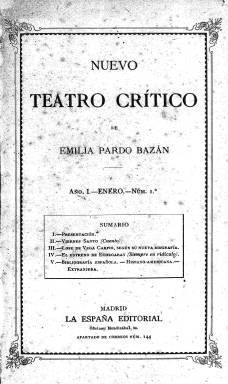
Título: Nuevo teatro crítico
Colección: Literatura
Ámbito geográfico: Madrid
Lugar de publicación: Madrid
Fechas: 01/01/1891-31/12/1893

Se trata de una revista cultural mensual editada y redactada enteramente por la escritora Emilia Pardo Bazán, quien empleó la herencia dejada por su padre para poner en marcha este proyecto. Tituló así la publicación en honor del padre Benito Jerónimo Feijoo, a quien admiraba y cuya obra Teatro Crítico Universal quería imitar en cuanto a la amplitud de criterio para acoger lo nuevo y desechar los prejuicios.

  Pese al trabajo que le suponía, dado que no dejó otras ocupaciones intelectuales mientras editaba la revista, Pardo Bazán estuvo publicándola durante tres años y con unas cien páginas por número hasta un total de 30 entregas, puesto que en el último año, 1893, se publicó cada dos meses.

   En la presentación que hizo en el primer número declara lo que le gustaba de Feijoo: ‘Apetezco su energía para afirmar la verdad, su claridad nítida, su graciosa variedad, su amenidad encantadora, que aun trasciende hoy, como el generoso vino de la solera vieja’. Y hace un elogio del periodismo del siglo XVIII y de algunos periodistas ilustrados a los que pretende imitar por su facilidad para abordar todas las facetas de la vida y de la cultura.

 También se propone hacer crítica literaria ponderada, algo que echaba en falta en España, y estudios de escritores. El de Pedro Antonio de Alarcón ocupará tres números de la revista.

 Pardo Bazán deja claro desde el primer momento que pretende luchar por la educación de la mujer y por su derecho a ser equiparada al hombre. Se llama a sí misma ‘individuo de la casta de los parias’ por no tener derecho al voto. Hay que poner en su contexto estas palabras, dado que sólo un año antes de salir la revista se había aprobado la ley del sufragio universal masculino.

   Serán numerosos los artículos de índole feminista que escribirá durante la corta vida de la publicación. Y tendrá que enfrentarse en este aspecto incluso a escritores de la talla de Leopoldo Alas, Clarín. El Centro de Estudios de la Mujer de la Universidad de Alicante publicó en 2003 un trabajo de Rocío Charques Gámez, titulado ‘Los artículos feministas en el Nuevo teatro crítico de Emilia Pardo Bazán’, obra que puede consultarse en línea.

   Con ocasión de la muerte de Concepción Arenal, otra pionera del feminismo español, Pardo Bazán le dedicará el artículo elogioso ‘Concepción Arenal y sus ideas acerca de la mujer’, en el número 26 de febrero de 1893.

   La escritora también abordará la política, pero de una manera que ella llama ingenua dada su falta de ataduras con ningún partido. Y afirma: ‘Para mí, la óptica del problema político es radicalmente distinta que para los políticos militantes: ellos ven el advenimiento o la caída de los suyos; yo veo España... que patria, dígase la verdad, aún no nos han prohibido tenerla a las mujeres’.

   La revista estaba estructurada en secciones fijas y secciones variables. Estas últimas incluían artículos sobre viajes, historia, cuestiones religiosas y crónicas diversas. Las secciones fijas la componían un cuento o novela corta; un estudio crítico-literario sobre libros, o dramas o comedias recientes, biografías, semblanzas o necrológicas de autores ilustres, nacionales y extranjeros; así como artículos sobre una cuestión social o política de actualidad o sobre personalidades políticas.

   En Nuevo Teatro Crítico uno de los temas polémicos que trató la escritora es el referente a su solicitud para ocupar un sillón de la Real Academia. Fue rechazada hasta tres veces y con el voto en contra de destacados escritores. En el número 3 de marzo de 1891 aborda por primera vez la cuestión y afirma que no pedía entrar en la Academia por satisfacer una ambición personal sino por reivindicar el derecho de las mujeres a entrar en toda clase de academias.

 En el último número de la revista, de diciembre de 1893, Pardo Bazán anuncia el cese de la publicación. Alega cansancio, razones de índole personal, pero también deja entrever que había desinterés por la cultura en España y que su revista apenas había llegado a tener difusión.

   Y acaba con estas palabras: ‘La única redactora del Teatro conservará siempre el recuerdo de las pruebas de cariño, respeto y simpatía que ha debido a sus constantes lectores; pruebas tan halagüeñas a veces que, a pesar de lo mucho que necesito el descanso, siento pena al cortar esta comunicación asidua con una escogidísima parte del público español’.

[Descripción publicada el 7/5/2020]